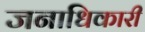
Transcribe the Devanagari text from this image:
जनाधिकारी